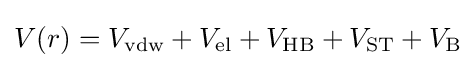
V(r)=V_{\text{vdw}}+V_{\text{el}}+V_{\text{HB}}+V_{\text{ST}}+V_{\text{B}}